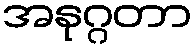
အနုဂ္ဂတာ